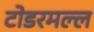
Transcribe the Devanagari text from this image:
टोडरमल्ल